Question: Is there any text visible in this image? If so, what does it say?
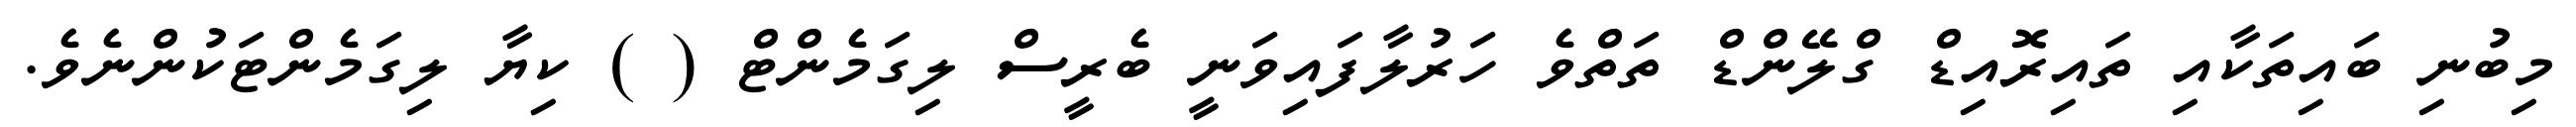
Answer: މިބުނި ބައިތަކާއި ތައިރޮއިޑް ގްލޭންޑް ތަތްވެ ހަރުލާފައިވަނީ ބެރީސް ލިގަމެންޓް ( ) ކިޔާ ލިގަމެންޓަކުންނެވެ.